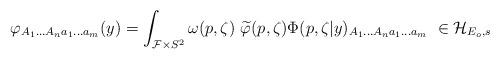
LaTeX: \begin{align*}\varphi _{A_1...A_na_1...a_m}(y)=\int_{{\cal F}\times S^2}\omega(p,\zeta )\ \widetilde{\varphi }(p,\zeta )\Phi (p,\zeta|y)_{A_1...A_na_1...a_m}\ \in {\cal H}_{E_o,s}\end{align*}